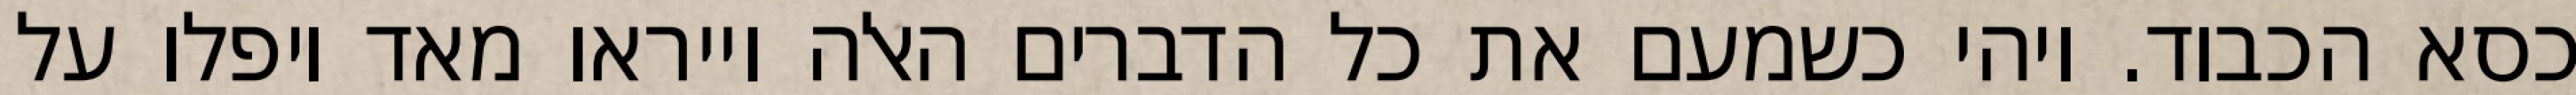
כסא הכבוד. ויהי כשמעם את כל הדברים האלה וייראו מאד ויפלו על